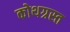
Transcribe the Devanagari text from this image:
कोथग्रस्त